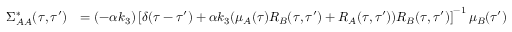
\begin{array} { r l } { \Sigma _ { A A } ^ { * } ( \tau , \tau ^ { \prime } ) } & { = ( - \alpha k _ { 3 } ) \left[ \delta ( \tau - \tau ^ { \prime } ) + \alpha k _ { 3 } ( \mu _ { A } ( \tau ) R _ { B } ( \tau , \tau ^ { \prime } ) + R _ { A } ( \tau , \tau ^ { \prime } ) ) R _ { B } ( \tau , \tau ^ { \prime } ) \right] ^ { - 1 } \mu _ { B } ( \tau ^ { \prime } ) } \end{array}